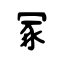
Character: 冢